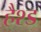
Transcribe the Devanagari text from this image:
हैश्ड